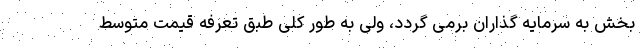
بخش به سرمایه گذاران برمی گردد، ولی به طور کلی طبق تعرفه قیمت متوسط